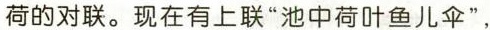
荷的对联。现在有上联”池中荷叶鱼儿伞”，